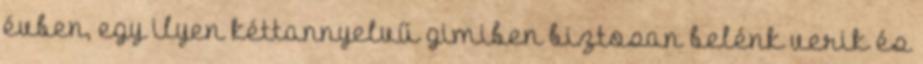
évben, egy ilyen kéttannyelvű gimiben biztosan belénk verik és